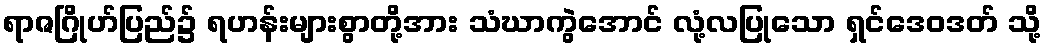
ရာဇဂြိုဟ်ပြည်၌ ရဟန်းများစွာတို့အား သံဃာကွဲအောင် လုံ့လပြုသော ရှင်ဒေဝဒတ် သို့